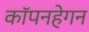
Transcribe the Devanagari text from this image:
कॉपनहेगन